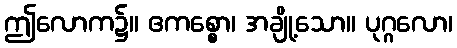
ဤလောက၌။ ဧကစ္စော၊ အချို့သော။ ပုဂ္ဂလော၊